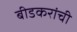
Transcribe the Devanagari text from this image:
बीडकरांची